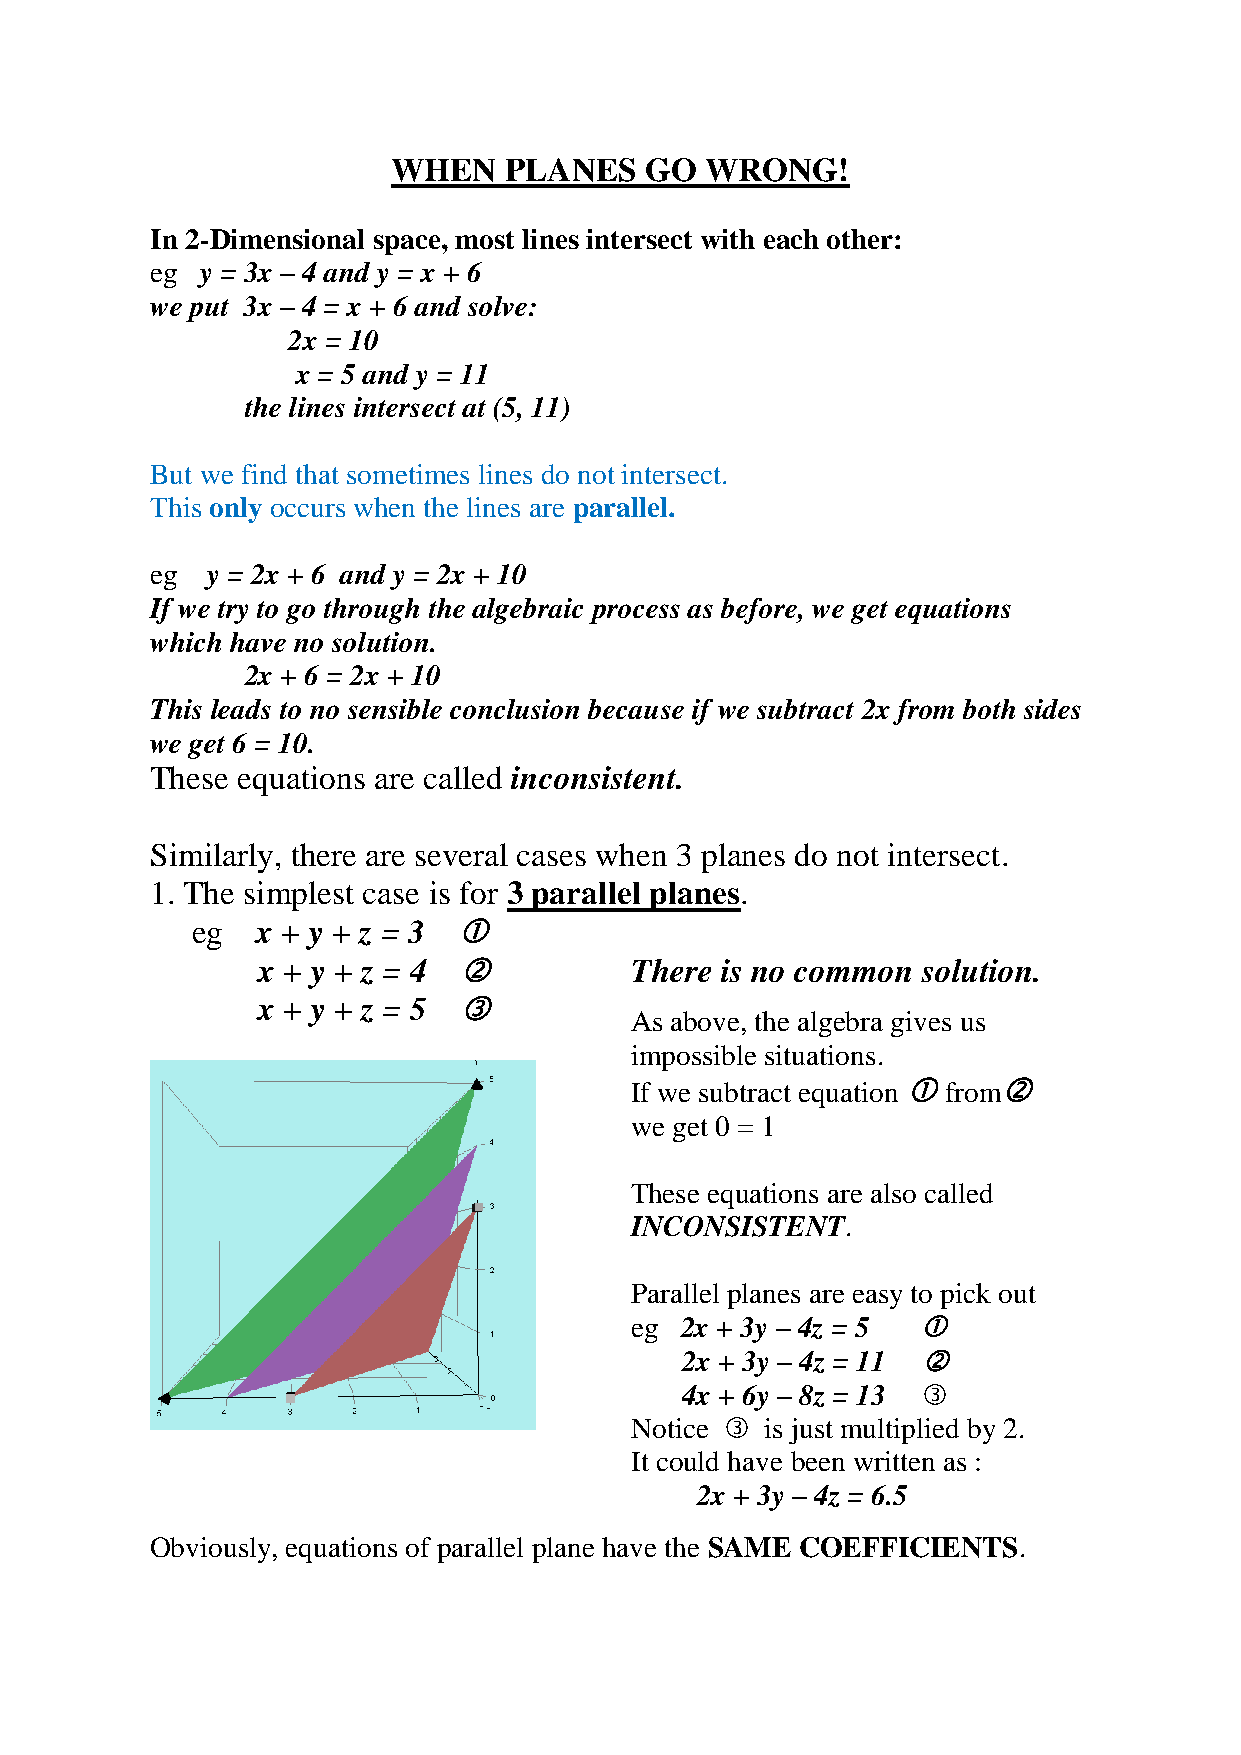
WHEN   PLANES    GO  WRONG!
 In 2-Dimensional space, most lines intersect with each other:
 eg y = 3x – 4 and y = x + 6
 we put 3x – 4 = x + 6 and solve:
 2x = 10
 x = 5 and y = 11
 the lines intersect at (5, 11)
 But we find that sometimes lines do not intersect.
 This only occurs when the lines are parallel.
 eg  y = 2x + 6 and y = 2x + 10
 If we try to go through the algebraic process as before, we get equations
 which have no solution.
 2x + 6 = 2x + 10
 This leads to no sensible conclusion because if we subtract 2x from both sides
 we get 6 = 10.
 These equations are called inconsistent.
 Similarly, there are several cases when 3 planes do not intersect.
 1. The simplest case is for 3 parallel planes.
 eg  x + y + z = 3 
 x + y + z = 4           There is no common solution.
 x + y + z = 5 
 As above, the algebra gives us
 impossible situations.
 If we subtract equation  from
 we get 0 = 1
 These equations are also called
 INCONSISTENT.
 Parallel planes are easy to pick out
 eg 2x + 3y – 4z = 5 
 2x + 3y – 4z = 11 
 4x + 6y – 8z = 13 
 Notice  is just multiplied by 2.
 It could have been written as :
 2x + 3y – 4z = 6.5
 Obviously, equations of parallel plane have the SAME COEFFICIENTS.